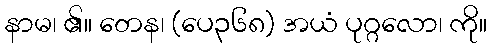
နာမ၊ ၏။ တေန၊ (ပေ၃၆၈) အယံ ပုဂ္ဂလော၊ ကို။